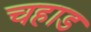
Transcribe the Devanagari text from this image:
चहाड